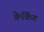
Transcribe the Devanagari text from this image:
क्रेकिंग